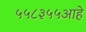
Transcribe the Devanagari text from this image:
५५८३५५आहे